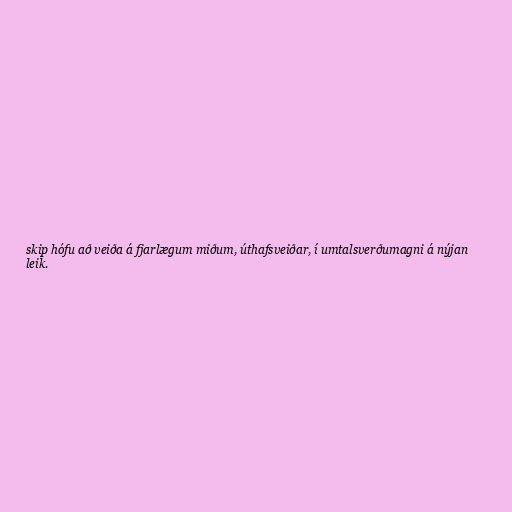
skip hófu að veiða á fjarlægum miðum, úthafsveiðar, í umtalsverðumagni á nýjan
leik.